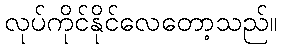
လုပ်ကိုင်နိုင်လေတော့သည်။